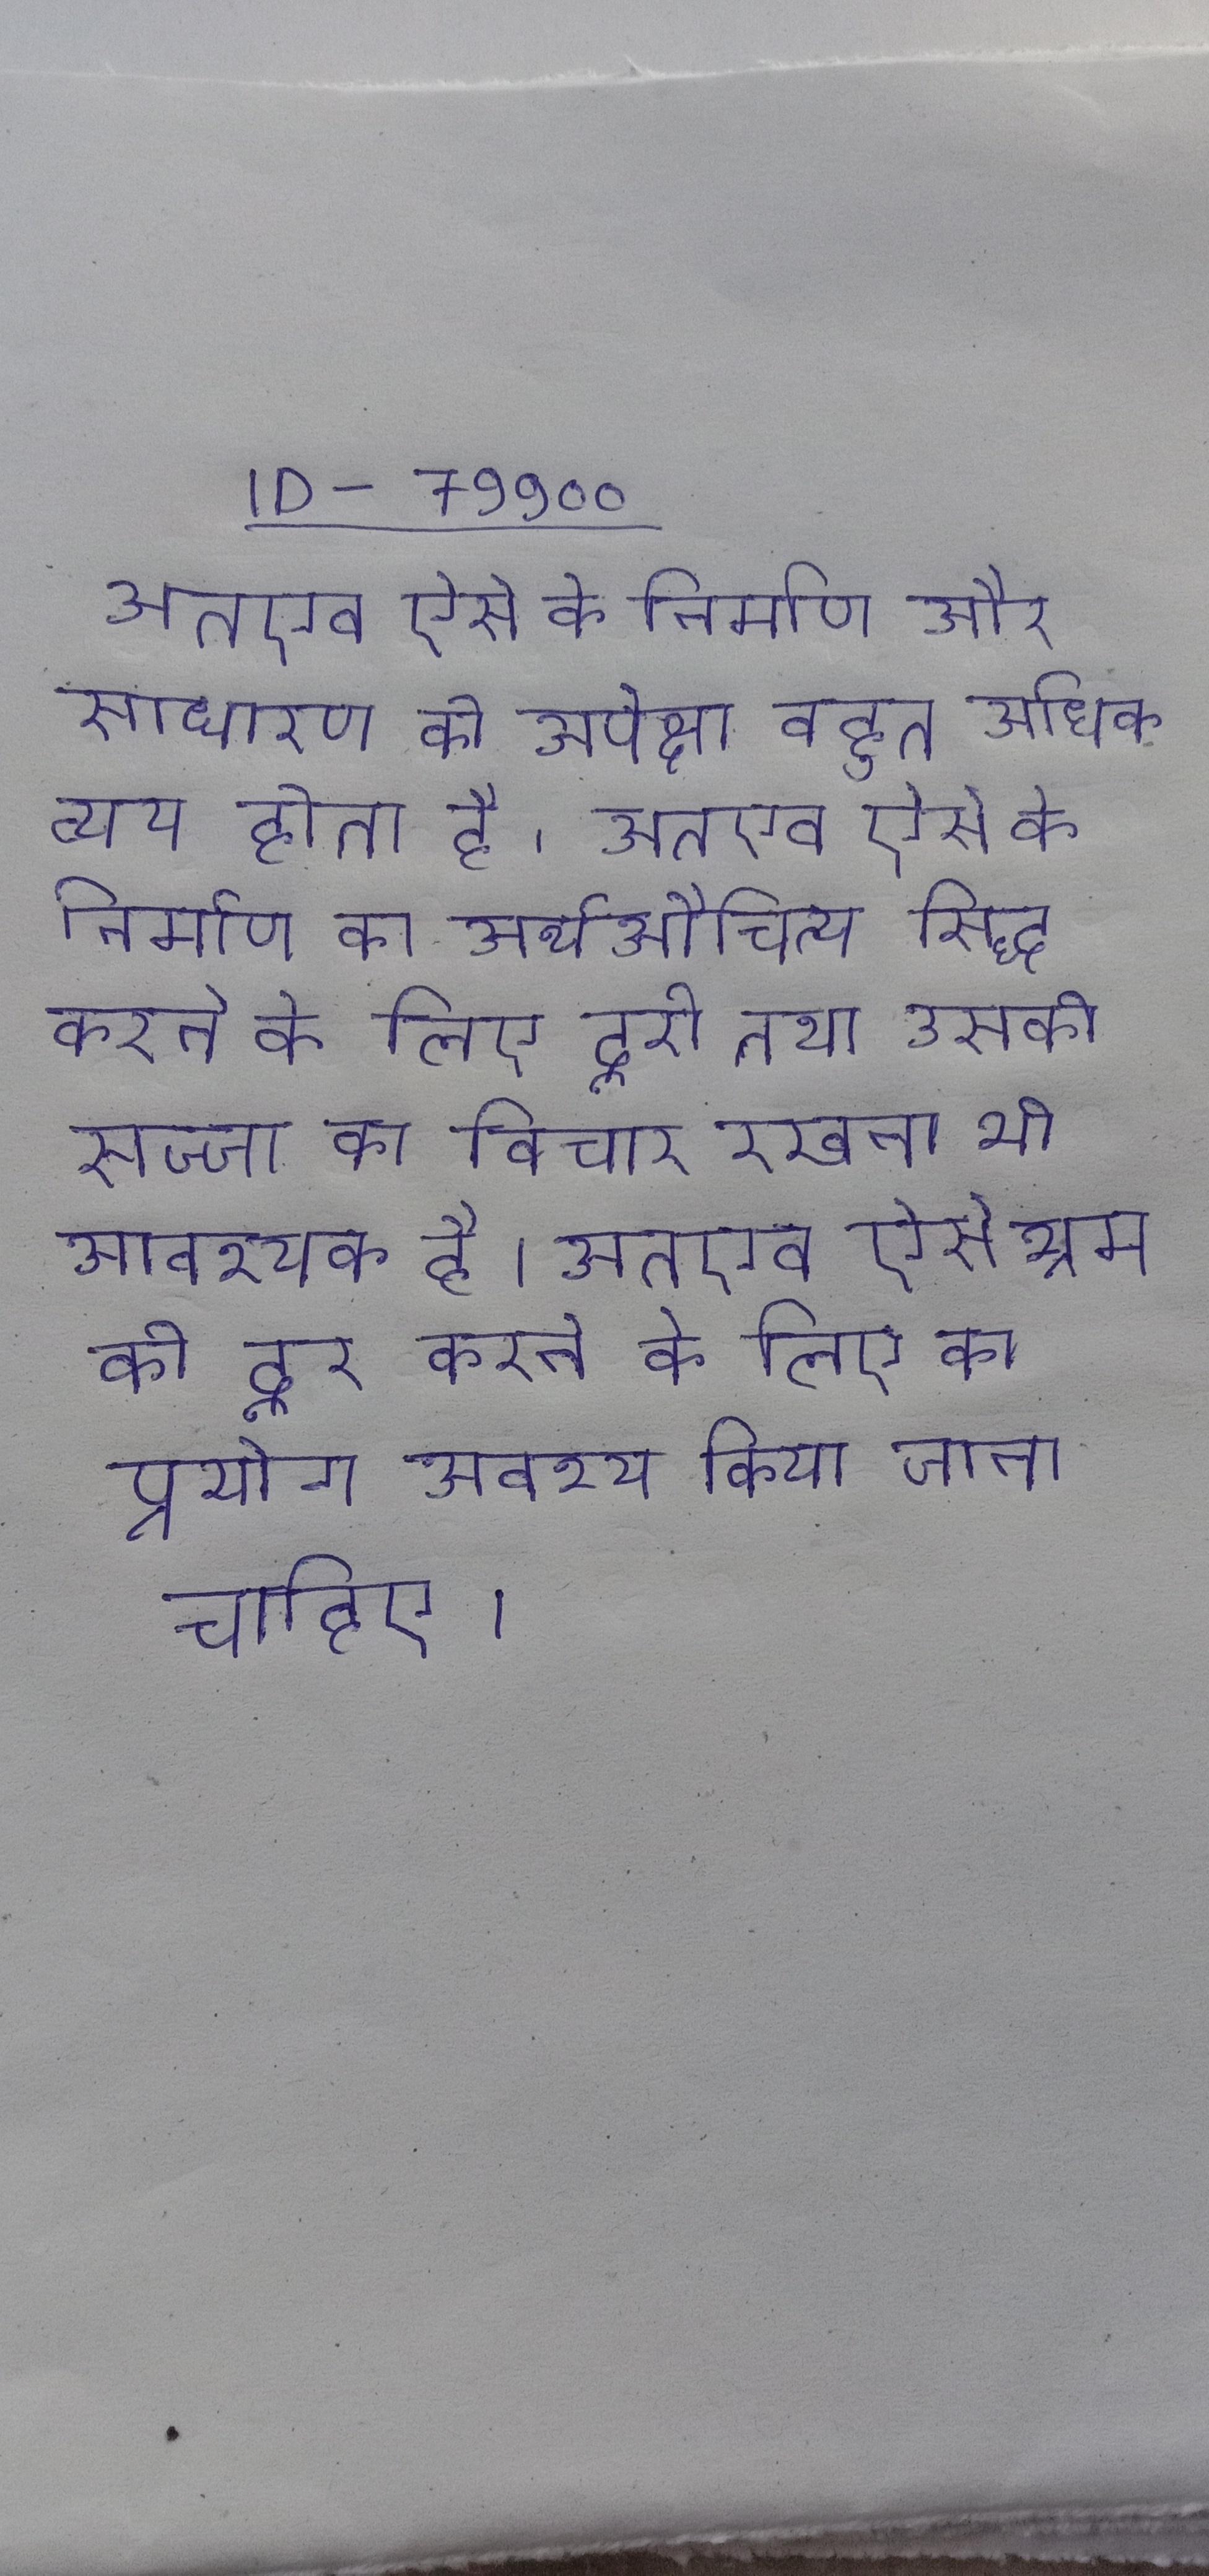
अतएव ऐसे के निर्माण और साधारण की अपेक्षा बहुत अधिक व्यय होता है । अतएव ऐसे के निर्माण का अर्थऔचित्य सिद्ध करने के लिए दूरी तथा उसकी सज्जा का विचार रखना भी आवश्यक है । अतएव ऐसे भ्रम को दूर करने के लिए का प्रयोग अवश्य किया जाना चाहिए ।